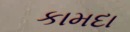
કામદા